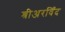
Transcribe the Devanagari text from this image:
श्रीअरविँद